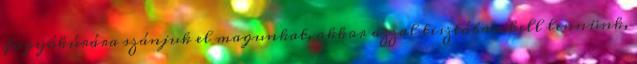
fogyókúrára szánjuk el magunkat, akkor azzal tisztában kell lennünk,